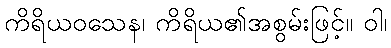
ကိရိယဝသေန၊ ကိရိယ၏အစွမ်းဖြင့်။ ဝါ၊